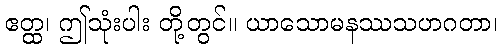
ဧတ္ထ၊ ဤသုံးပါး တို့တွင်။ ယာသောမနဿသဟဂတာ၊